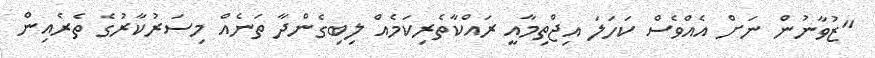
"ޒުވާނުން ނަށް އެއްވެސް ކަހަލަ އިޖްތިމާއީ ރައްކާތެރިކަމެއް ލިބިގެންދާ ތަނެއް މިސަރުކާރުގެ ތެރެއިން